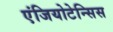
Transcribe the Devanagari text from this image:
एंजियोटेन्सिस